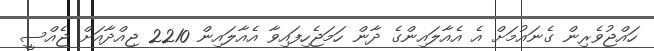
ހައްޖުވެރިން ގެނައުމަށް އެ އެއާލައިންގެ ދާން ހަމަޖެހިފައިވާ އެއާލައިން 2210 ޖިއްދާއަށް ޖެއްސީ